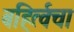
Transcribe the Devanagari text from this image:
बहिर्त्वचा